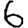
Digit: 6